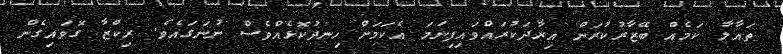
ތައާލާ ކަމެއް ބޭޒާރުކުރަން އިރާދަކުރައްވައިފިނަމަ އެކަމަށް ހިނދުކޮޅެއްވެސް ނުނަގައެވެ. ރިކްޒާ ގޮވައިގެން